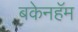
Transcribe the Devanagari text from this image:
बकेनहॅम